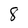
Character: 8